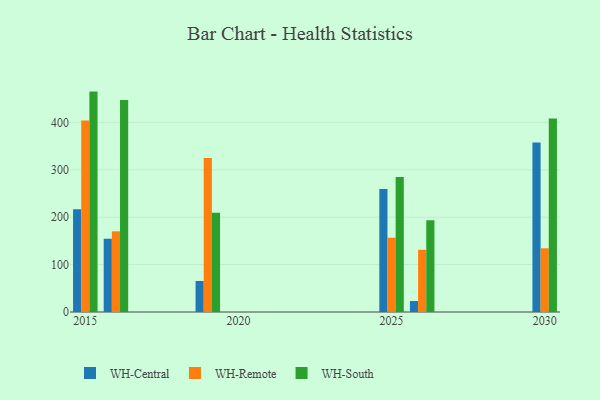
{"axis": {"x": "Year", "y": "Net Income (USD K)"}, "legend": ["WH-Central", "WH-Remote", "WH-South"], "data": [{"x": "2030", "y": 357.5, "type": "WH-Central"}, {"x": "2030", "y": 134.4, "type": "WH-Remote"}, {"x": "2030", "y": 408.1, "type": "WH-South"}, {"x": "2025", "y": 259.2, "type": "WH-Central"}, {"x": "2025", "y": 156.6, "type": "WH-Remote"}, {"x": "2025", "y": 284.8, "type": "WH-South"}, {"x": "2015", "y": 216.5, "type": "WH-Central"}, {"x": "2015", "y": 404.0, "type": "WH-Remote"}, {"x": "2015", "y": 464.8, "type": "WH-South"}, {"x": "2019", "y": 65.4, "type": "WH-Central"}, {"x": "2019", "y": 324.7, "type": "WH-Remote"}, {"x": "2019", "y": 209.5, "type": "WH-South"}, {"x": "2026", "y": 23.1, "type": "WH-Central"}, {"x": "2026", "y": 131.2, "type": "WH-Remote"}, {"x": "2026", "y": 193.5, "type": "WH-South"}, {"x": "2016", "y": 154.5, "type": "WH-Central"}, {"x": "2016", "y": 170.2, "type": "WH-Remote"}, {"x": "2016", "y": 447.2, "type": "WH-South"}]}